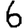
Digit: 6